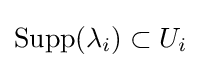
\operatorname {Supp} (\lambda _{i})\subset U_{i}